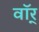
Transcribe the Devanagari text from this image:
वॉर्